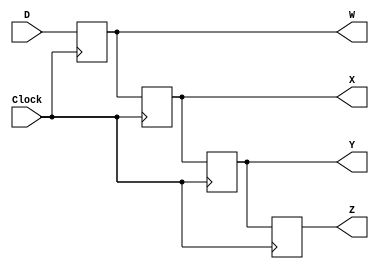
module shift_register (
    output reg [3:0] W, X, Y, Z,
    input wire [3:0] D,
    input wire Clock
);

    always @ (posedge Clock)
        begin
            W <= D;
            X <= W;
            Y <= X;
            Z <= Y;
        end

endmodule

module tb_shift_register();

wire [3:0] w, x, y, z;
reg [3:0] d;
reg clock;

shift_register comp_1(.W(w), .X(x), .Y(y), .Z(z), .D(d), .Clock(clock));

initial
    begin
        $dumpfile("shift_register.vcd");
        $dumpvars(0, tb_shift_register);
        d = 4'b0000;
        clock = 1'b0;
        #1
        clock = 1'b1;
        #1
        d = 4'b1010;
        clock = 1'b0;
        #1
        clock = 1'b1;
        #1
        clock = 1'b0;
        #1
        clock = 1'b1;
        #1
        clock = 1'b0;
        #1
        clock = 1'b1;
        #1
        clock = 1'b0;
        #1
        clock = 1'b1;
        $finish;
    end

    always @ (clock)
        $monitor("time=%0t d = %b clock = %b w = %b x = %b y = %b z = %b", $time, d, clock, w, x, y, z);

endmodule